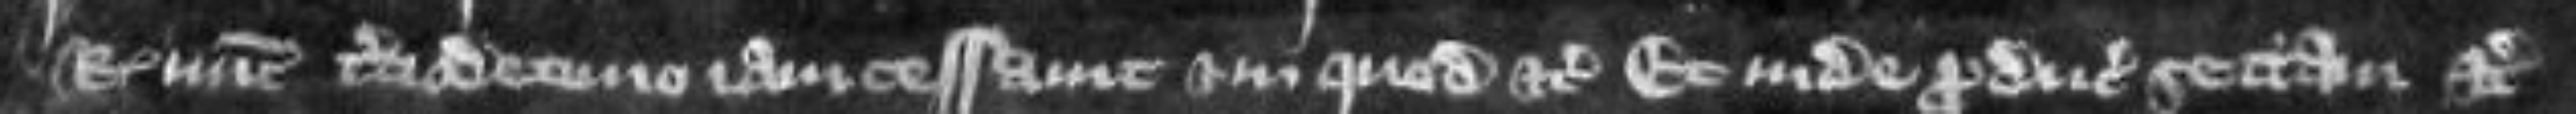
regis nunc terciodecimo i am cessavit et in quo etc Et inde producit sectam etc